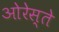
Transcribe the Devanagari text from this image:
ओरेस्ते